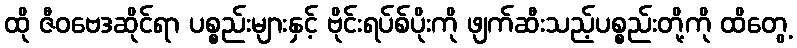
ထို ဇီဝဗေဒဆိုင်ရာ ပစ္စည်းများနှင့် ဗိုင်းရပ်စ်ပိုးကို ဖျက်ဆီးသည့်ပစ္စည်းတို့ကို ထိတွေ့